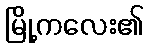
မြို့ကလေး၏